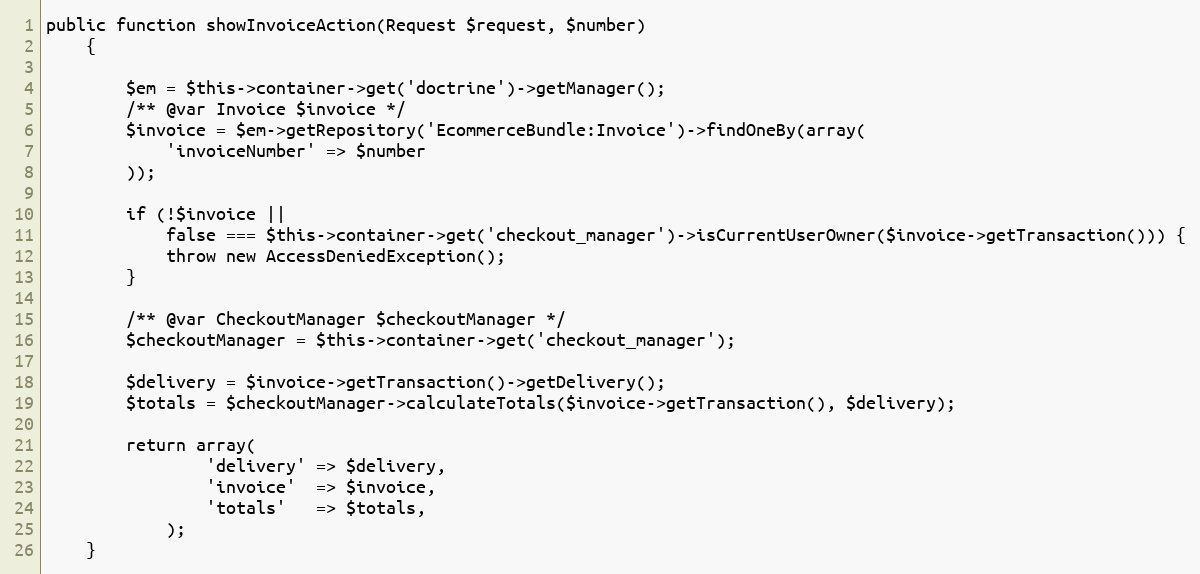
Language: PHP
public function showInvoiceAction(Request $request, $number)
    {

        $em = $this->container->get('doctrine')->getManager();
        /** @var Invoice $invoice */
        $invoice = $em->getRepository('EcommerceBundle:Invoice')->findOneBy(array(
            'invoiceNumber' => $number
        ));

        if (!$invoice ||
            false === $this->container->get('checkout_manager')->isCurrentUserOwner($invoice->getTransaction())) {
            throw new AccessDeniedException();
        }

        /** @var CheckoutManager $checkoutManager */
        $checkoutManager = $this->container->get('checkout_manager');

        $delivery = $invoice->getTransaction()->getDelivery();
        $totals = $checkoutManager->calculateTotals($invoice->getTransaction(), $delivery);

        return array(
                'delivery' => $delivery,
                'invoice'  => $invoice,
                'totals'   => $totals,
            );
    }